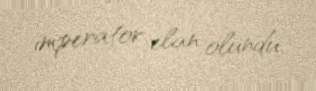
imperator elan olundu.